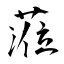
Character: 蒞